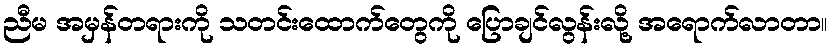
ညီမ အမှန်တရားကို သတင်းထောက်တွေကို ပြောချင်လွန်းလို့ အရောက်လာတာ။